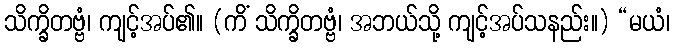
သိက္ခိတဗ္ဗံ၊ ကျင့်အပ်၏။ (ကိံ သိက္ခိတဗ္ဗံ၊ အဘယ်သို့ ကျင့်အပ်သနည်း။) “မယံ၊